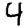
Digit: 4